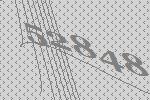
52848